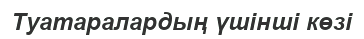
Туатаралардың үшінші көзі